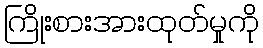
ကြိုးစားအားထုတ်မှုကို